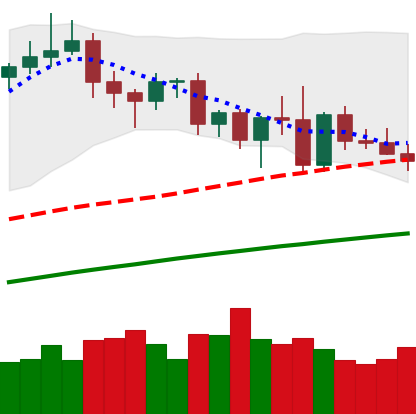
Ticker: XMR-USD
Chart end date: 2020-11-12
Forward return: 11.944%
Label: up_7plus